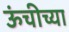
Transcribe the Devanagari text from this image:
ऊंचीच्या